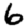
Digit: 6